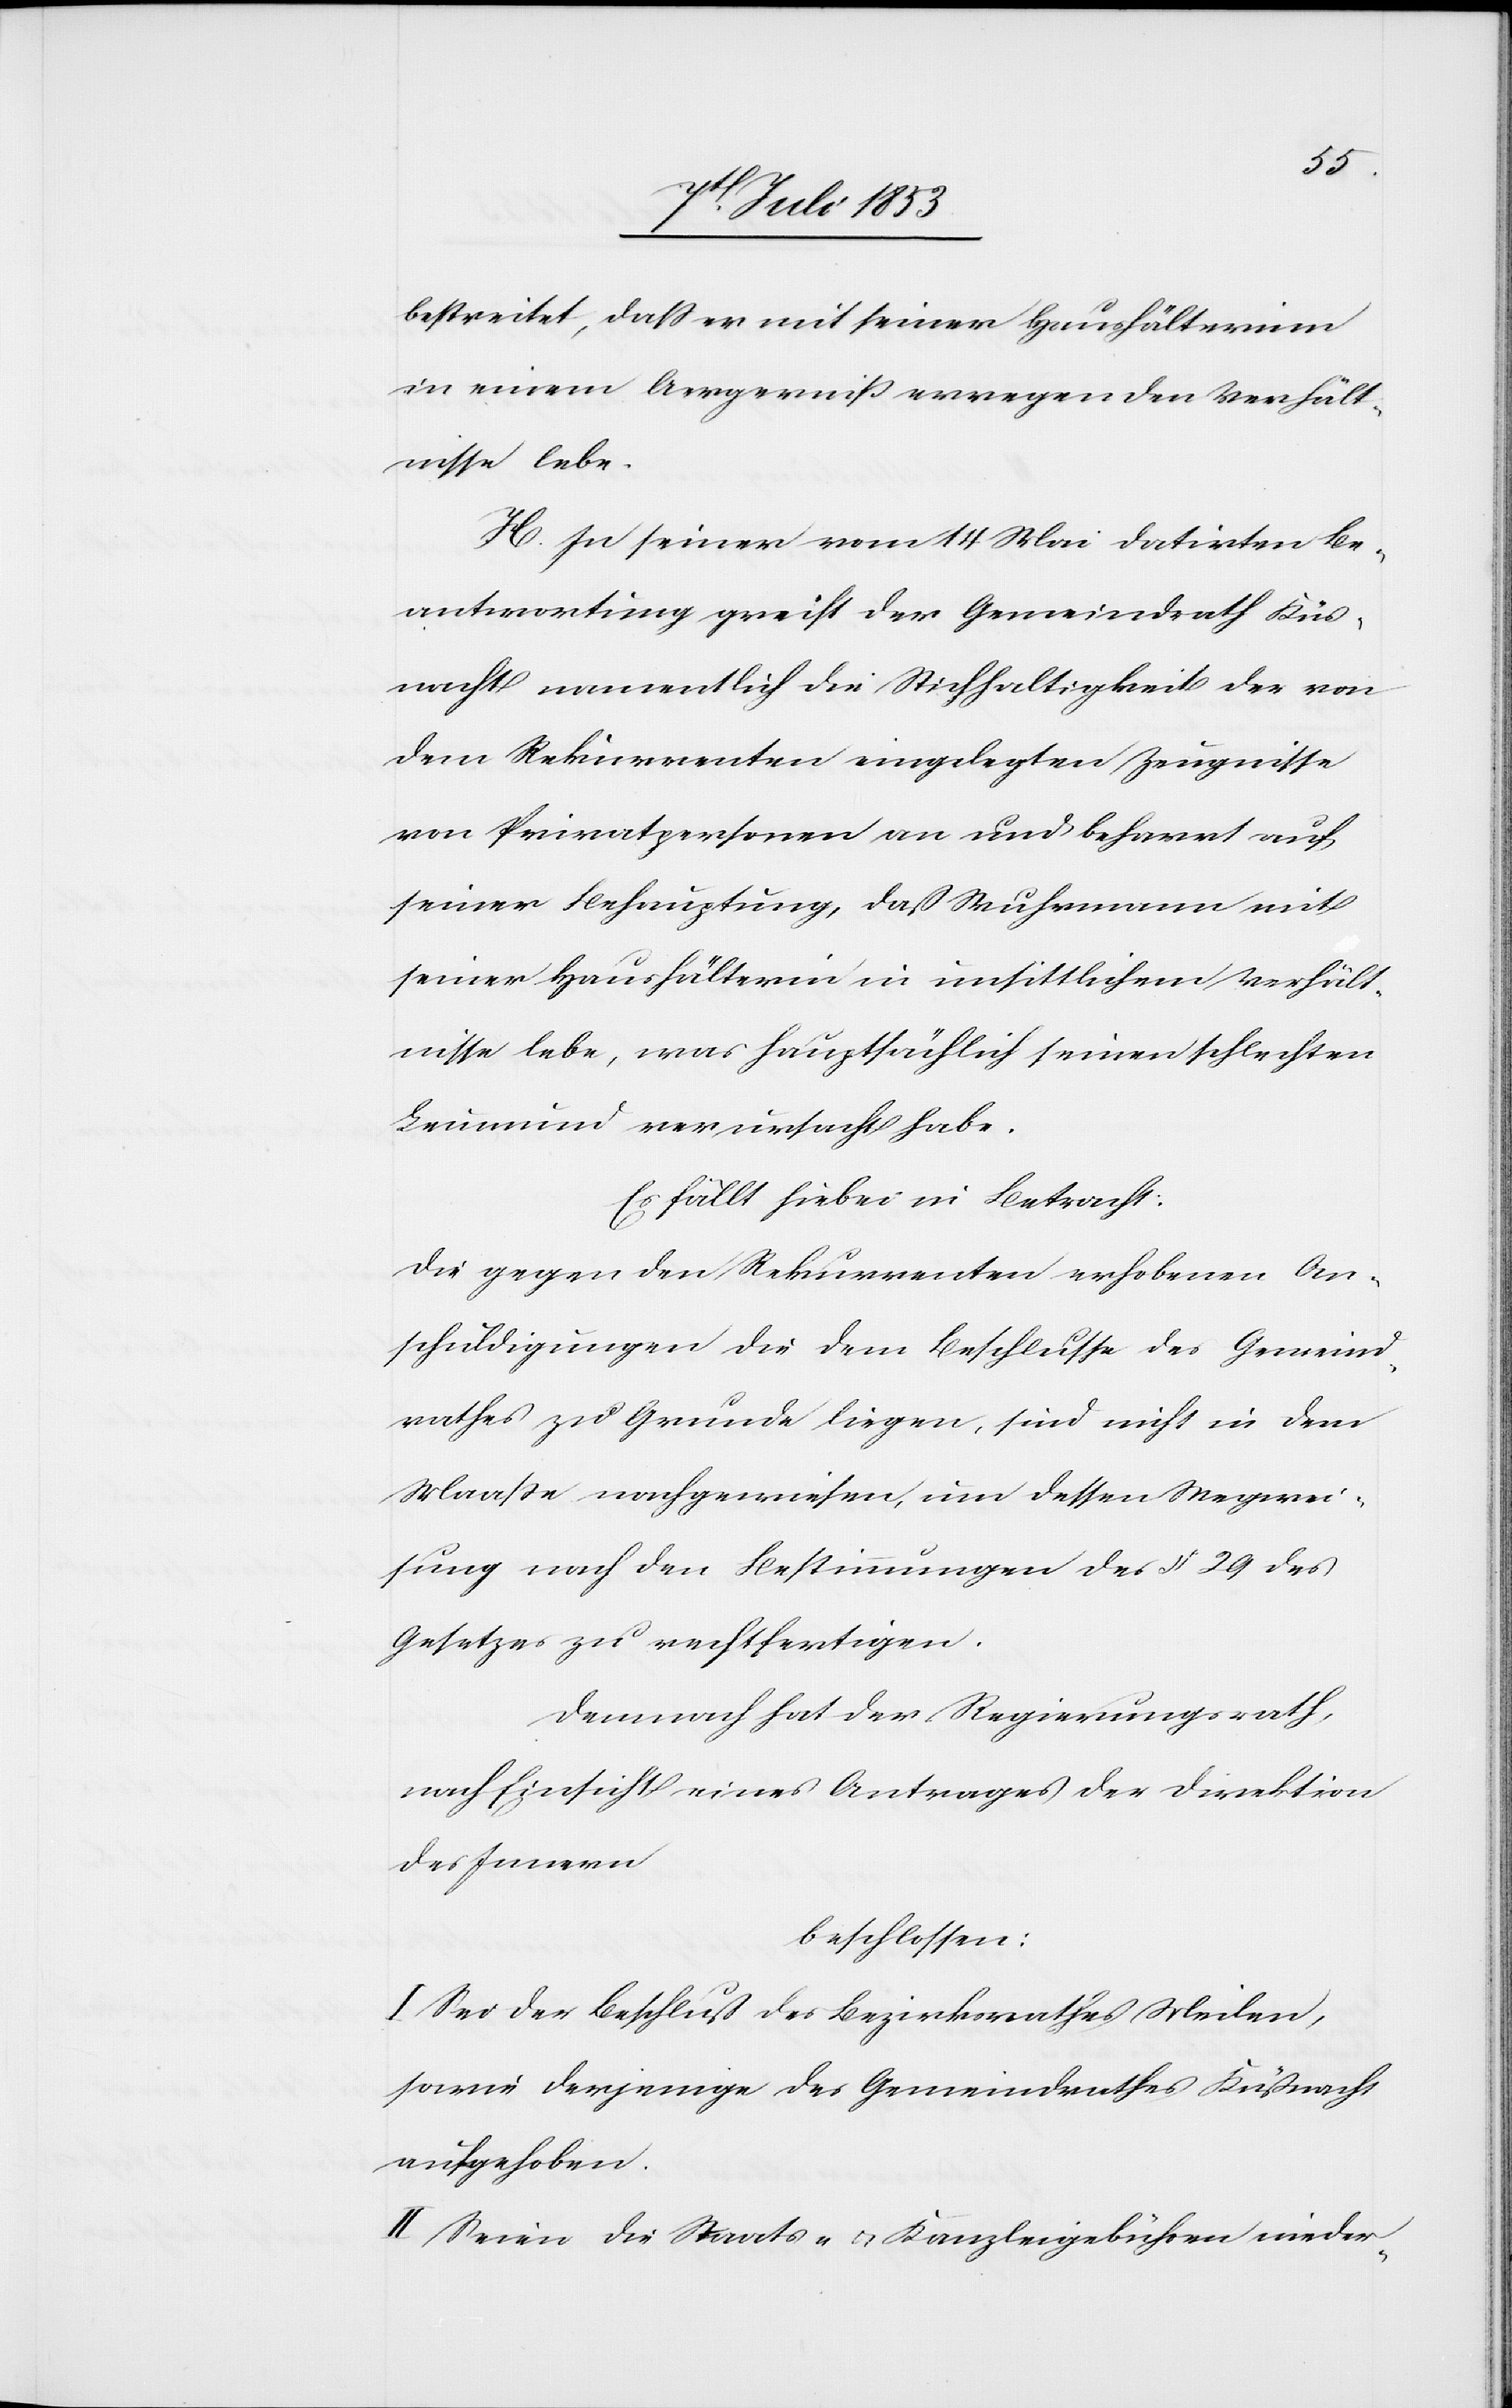
bestreitet, daß er mit seiner Haushälterinn
in einem Aergeniß erregenden Verhält¬
nisse lebe.
H. In seiner vom 14 Mai datirten Be¬
antwortung greift der Gemeindrath Küß¬
nacht namentlich die Stichhaltigkeit der von
dem Rekurrenten eingelegten Zeugnisse
von Privatpersonen an und beharrt auf
seiner Behauptung, daß Wuhrmann mit
seiner Haushälterinn in unsittlichem Verhält¬
nisse lebe, was hauptsächlich seinen schlechten
Leumund verursacht habe.
Es fällt hiebei in Betracht.
Die gegen den Rekurrenten erhobenen An¬
schuldigungen die dem Beschlusse des Gemeind¬
rathes zu Grunde liegen, sind nicht in dem
Maaße nachgewiesen, um dessen Wegwei¬
sung nach den Bestimmungen des § 29 des
Gesetzes zu rechtfertigen.
Demnach hat der Regierungsrath,
nach Einsicht eines Antrages der Direktion
des Innern
beschlossen:
I. Sei der Beschluß des Bezirksrathes Meilen,
sowie derjenige des Gemeindrathes Küßnacht
aufgehoben.
II. Seien die Staats- u. Kanzleigebühren nieder-